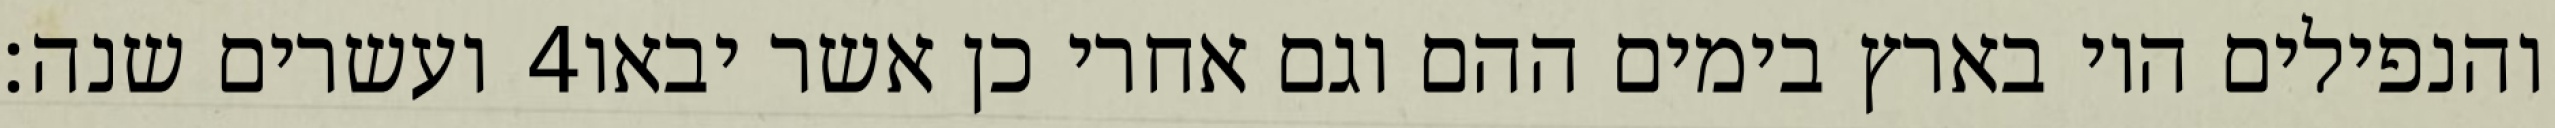
ועשרים שנה׃ ‎4‏ והנפילים היו בארץ בימים ההם וגם אחרי כן אשר יבאו